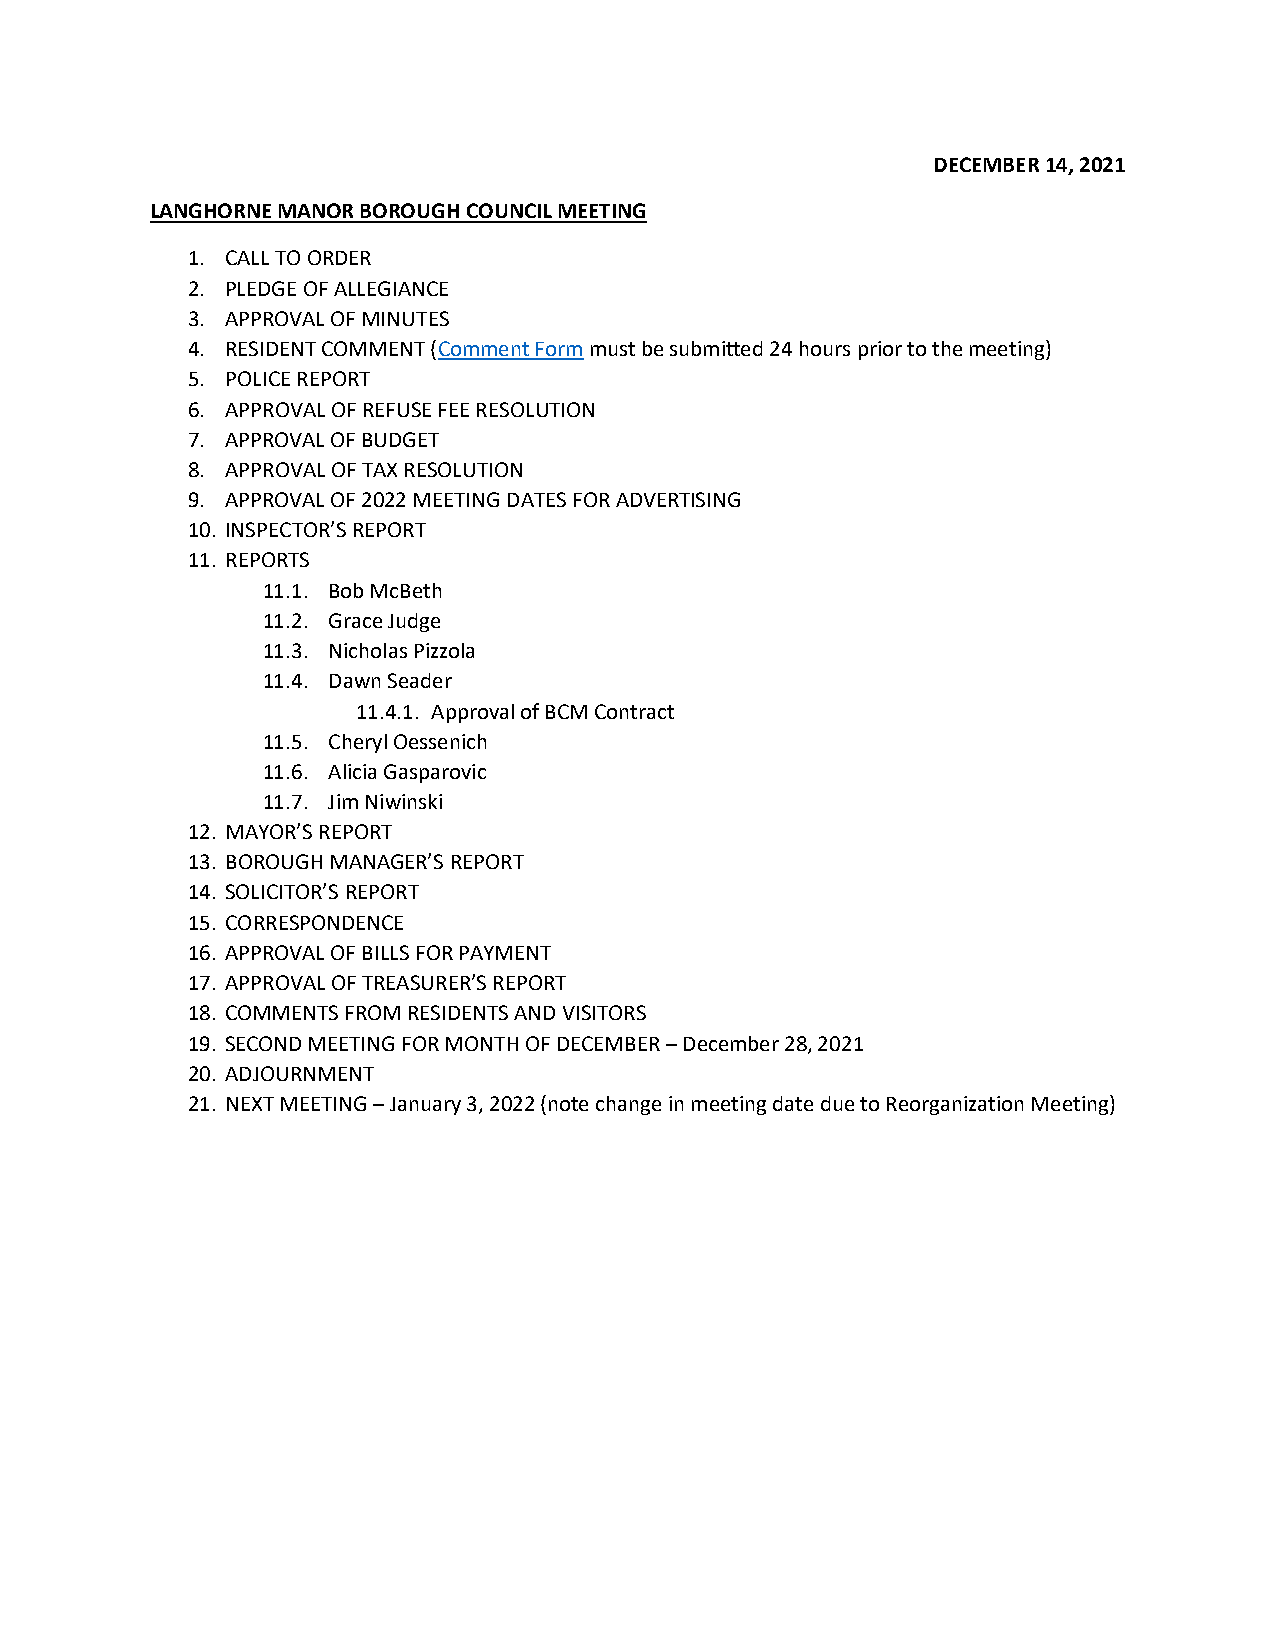
DECEMBER 14, 2021
 LANGHORNE MANOR BOROUGH COUNCIL MEETING
 1. CALL TO ORDER
 2. PLEDGE OF ALLEGIANCE
 3. APPROVAL OF MINUTES
 4. RESIDENT COMMENT (Comment Form must be submitted 24 hours prior to the meeting)
 5. POLICE REPORT
 6. APPROVAL OF REFUSE FEE RESOLUTION
 7. APPROVAL OF BUDGET
 8. APPROVAL OF TAX RESOLUTION
 9. APPROVAL OF 2022 MEETING DATES FOR ADVERTISING
 10. INSPECTOR’S REPORT
 11. REPORTS
 11.1. Bob McBeth
 11.2. Grace Judge
 11.3. Nicholas Pizzola
 11.4. Dawn Seader
 11.4.1. Approval of BCM Contract
 11.5. Cheryl Oessenich
 11.6. Alicia Gasparovic
 11.7. Jim Niwinski
 12. MAYOR’S REPORT
 13. BOROUGH MANAGER’S REPORT
 14. SOLICITOR’S REPORT
 15. CORRESPONDENCE
 16. APPROVAL OF BILLS FOR PAYMENT
 17. APPROVAL OF TREASURER’S REPORT
 18. COMMENTS FROM RESIDENTS AND VISITORS
 19. SECOND MEETING FOR MONTH OF DECEMBER – December 28, 2021
 20. ADJOURNMENT
 21. NEXT MEETING – January 3, 2022 (note change in meeting date due to Reorganization Meeting)